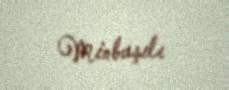
Minbaşılı